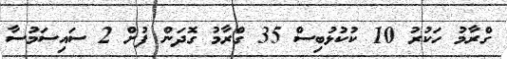
ގްރާމު ހަކުރު 10 ކުކުޅުބިސް 35 ގްރާމު ގޮދަން ފުށް 2 ސައިސަމުސާ